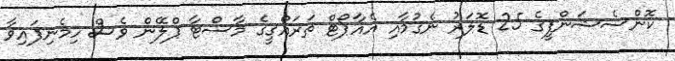
ކޮންސެޝަންފީގެ 25 ޑޮލަރު ނެގުމާއި އެއާޕޯޓް ތަރައްގީގެ މާސްޓާ ޕްލޭން ވެސް ހިމެނިފައިވާ